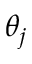
\theta _ { j }